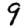
Digit: 9